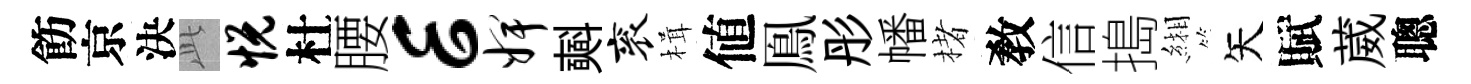
飭京決𬼘悦杜腰E婢𣂏衮楫値鳯彤幡楮敎信搗緗矢賦葳聰